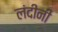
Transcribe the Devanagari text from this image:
लंदीनी